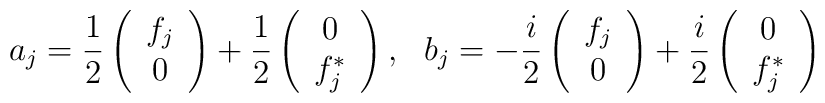
a_{j} = \frac{1}{2} \left( \begin{array}{c}f_{j}\\0 \end{array} \right)+\frac{1}{2} \left( \begin{array}{c}0\\f_{j}^{\ast } \end{array} \right), \ \    b_{j} = -\frac{i}{2} \left( \begin{array}{c}f_{j}\\0 \end{array} \right)+\frac{i}{2} \left( \begin{array}{c}0\\f_{j}^{\ast } \end{array} \right)